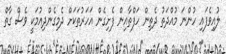
ލުއިވެފައި ހުންނަ މުއްދަތު ދެތިން ހަފްތާއިން ފެށިގެން އަހަރުތަކަށް ދެމިގެންދިއުމަކީ ވެސް ގާތް